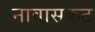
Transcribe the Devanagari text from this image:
नावासकट